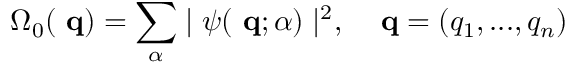
\Omega _ { 0 } ( \mathrm { { \bf ~ q } } ) = \sum _ { \alpha } \mid \psi ( \mathrm { { \bf ~ q } } ; \alpha ) \mid ^ { 2 } , \; \; \; \mathrm { { \bf ~ q } } = ( q _ { 1 } , . . . , q _ { n } )